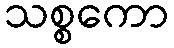
သစ္စကော